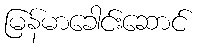
မြန်မာခေါင်းဆောင်